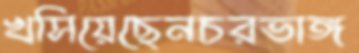
খসিয়েছেনচরভাঙ্গ